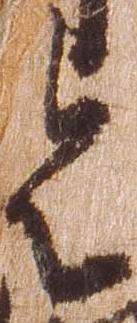
令